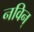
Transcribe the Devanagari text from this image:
नविन्